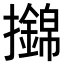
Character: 𢸼